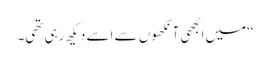
‘‘میں الجھی آنکھوں سے اسے دیکھ رہی تھی۔